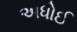
અધોઈ